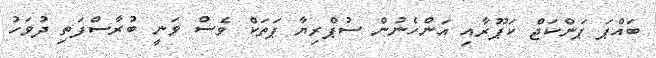
ބައްޕަ ޕަންކަޖް ކަޕޫރާއި އަންހެނުން ސުޕްރިޔާ ޕަތަކް ވެސް ވަނީ ބުރާސްފަތި ދުވަހު